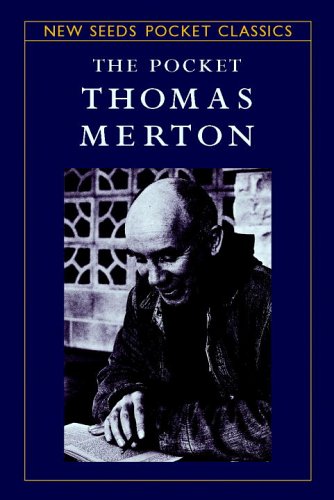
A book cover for The Pocket Thomas Merton (Shambhala Pocket Classics); Christian Books & Bibles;